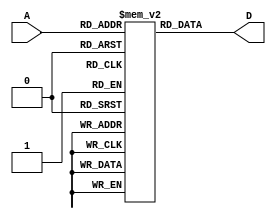
`timescale 1ps/1ps
module ROM (input [7:0] A,
            output [15:0] D);

    reg [15:0] rom [255:0];

    assign #10 D = rom[A];

    initial begin
        rom[0] = 16'b1001_110111111111;
        rom[1] = 16'b1001_001000001010;
        rom[2] = 16'b1010_111100000100;
        rom[3] = 16'b1010_000000000011;
        rom[4] = 16'b1001_010000000011;
        rom[5] = 16'b0110_010100100100;
        rom[6] = 16'b1100_000010010101;
        rom[7] = 16'b1001_000100000001;
        rom[8] = 16'b1110_000000001111;
        rom[9] = 16'b0100_110111010100;
        rom[10] = 16'b1111_001111111101;
        rom[11] = 16'b1111_001010001101;
        rom[12] = 16'b1111_000110011101;
        rom[13] = 16'b0000_100000100000;
        rom[14] = 16'b1001_011000000001;
        rom[15] = 16'b0100_001010000110;
        rom[16] = 16'b1010_111100000100;
        rom[17] = 16'b0000_100100010000;
        rom[18] = 16'b1001_010000000010;
        rom[19] = 16'b0100_001010000100;
        rom[20] = 16'b1010_111100000100;
        rom[21] = 16'b0000_000100011001;
        rom[22] = 16'b1000_111100111101;
        rom[23] = 16'b1000_100000101101;
        rom[24] = 16'b1000_100100011101;
        rom[25] = 16'b1001_010000000011;
        rom[26] = 16'b0000_110111010100;
        rom[27] = 16'b1110_000000001111;
    end

endmodule